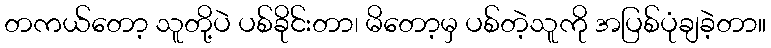
တကယ်တော့ သူတို့ပဲ ပစ်ခိုင်းတာ၊ မိတော့မှ ပစ်တဲ့သူကို အပြစ်ပုံချခဲ့တာ။